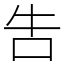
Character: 吿